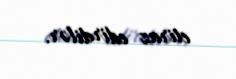
etiraz edirdilər.